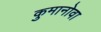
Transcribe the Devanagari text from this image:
कुमानोवा